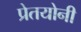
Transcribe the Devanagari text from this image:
प्रेतयोनी